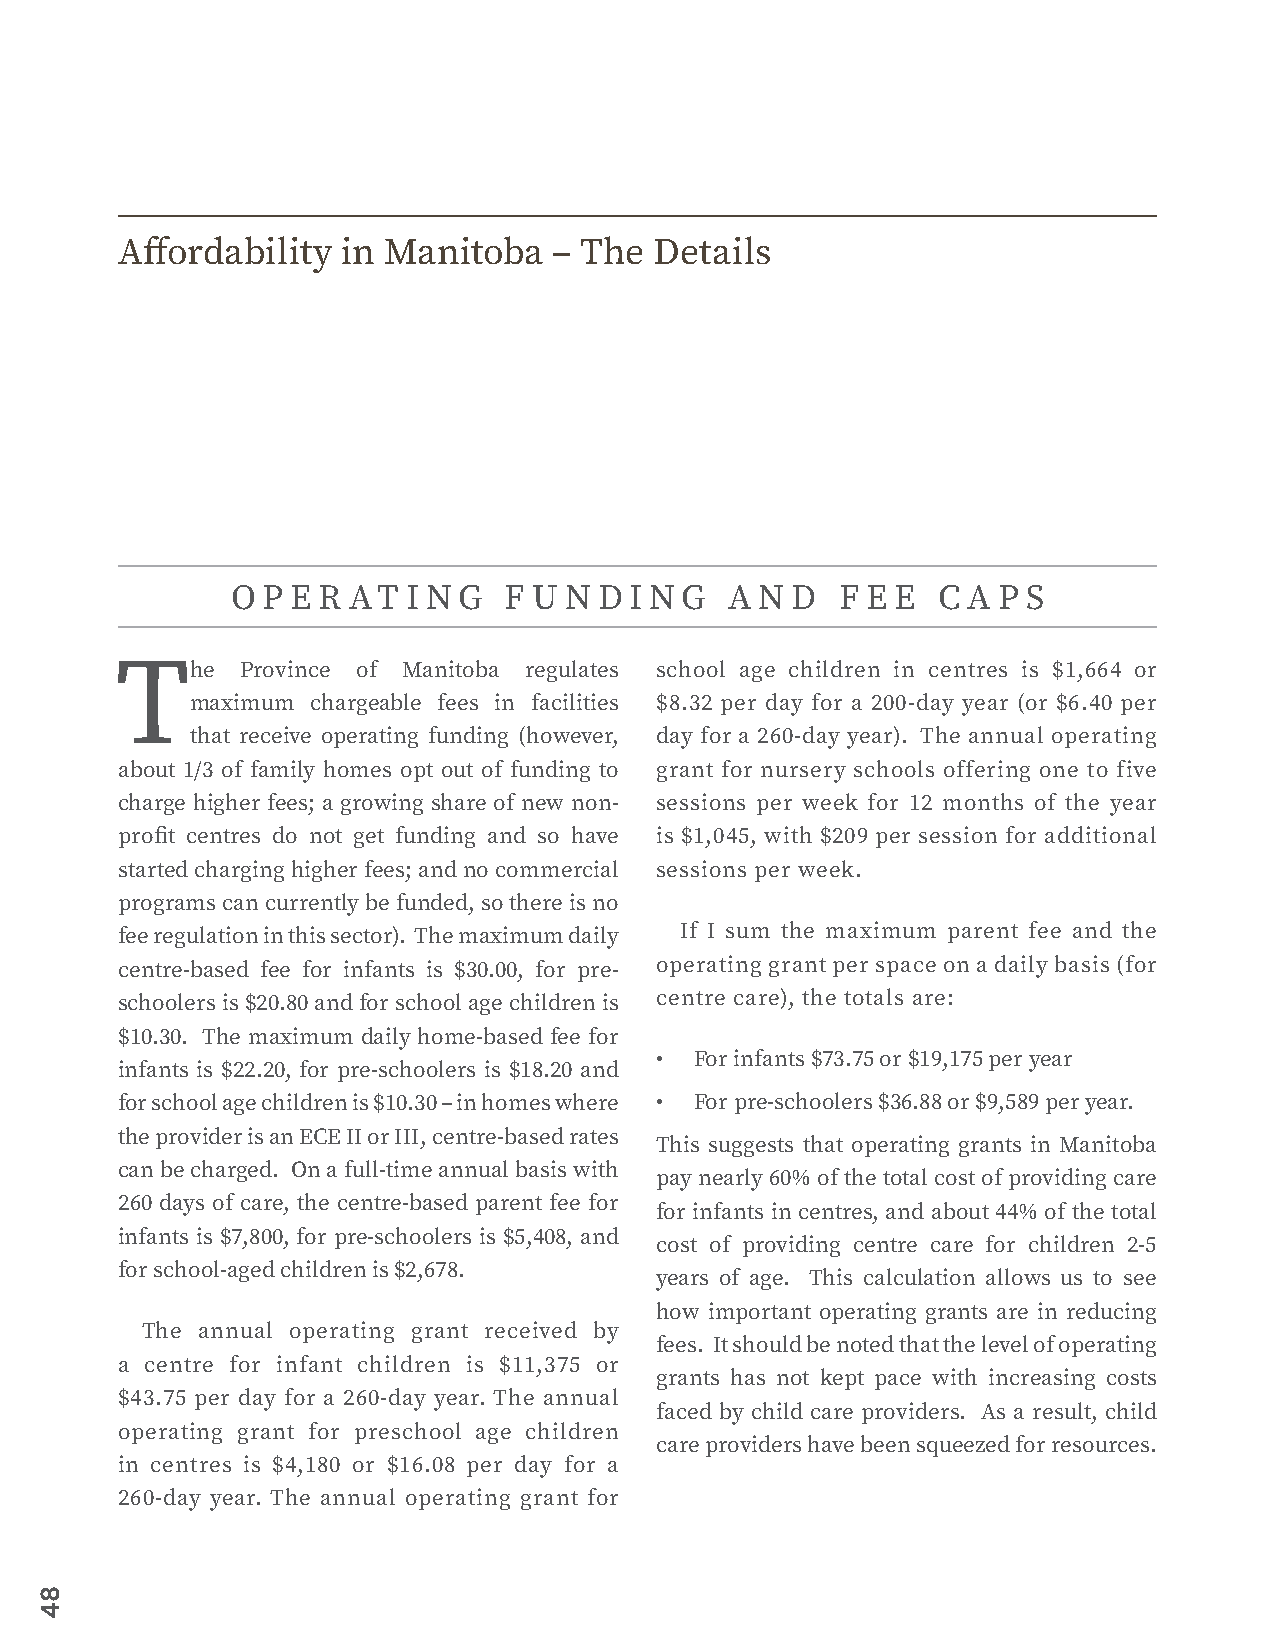
Affordability  in Manitoba   – The Details
 OP  E R AT  I N G F U N  DI N G  A N D   F E E C A P S
 The     Province of Manitoba regulates school age children in centres is $1,664 or
 maximum chargeable fees in facilities $8.32 per day for a 200-day year (or $6.40 per
 that receive operating funding (however, day for a 260-day year). The annual operating
 about 1/3 of family homes opt out of funding to grant for nursery schools offering one to five
 charge higher fees; a growing share of new non- sessions per week for 12 months of the year
 profit centres do not get funding and so have is $1,045, with $209 per session for additional
 started charging higher fees; and no commercial sessions per week.
 programs can currently be funded, so there is no
 fee regulation in this sector). The maximum daily If I sum the maximum parent fee and the
 centre-based fee for infants is $30.00, for pre- operating grant per space on a daily basis (for
 schoolers is $20.80 and for school age children is centre care), the totals are:
 $10.30. The maximum daily home-based fee for
 •  For infants $73.75 or $19,175 per year
 infants is $22.20, for pre-schoolers is $18.20 and
 for school age children is $10.30 – in homes where • For pre-schoolers $36.88 or $9,589 per year.
 the provider is an ECE II or III, centre-based rates
 This suggests that operating grants in Manitoba
 can be charged. On a full-time annual basis with
 pay nearly 60% of the total cost of providing care
 260 days of care, the centre-based parent fee for
 for infants in centres, and about 44% of the total
 infants is $7,800, for pre-schoolers is $5,408, and
 cost of providing centre care for children 2-5
 for school-aged children is $2,678.
 years of age. This calculation allows us to see
 how important operating grants are in reducing
 The annual operating grant received by
 fees. It should be noted that the level of operating
 a centre for infant children is $11,375 or
 grants has not kept pace with increasing costs
 $43.75 per day for a 260-day year. The annual
 faced by child care providers. As a result, child
 operating grant for preschool age children
 care providers have been squeezed for resources.
 in centres is $4,180 or $16.08 per day for a
 260-day year. The annual operating grant for
 84